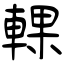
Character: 輠